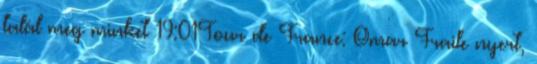
talál meg minket 19:01Tour de France: Omar Fraile nyert,